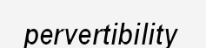
pervertibility